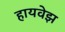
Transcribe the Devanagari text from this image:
हायवेझ